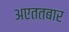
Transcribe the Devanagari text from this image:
अएततबार